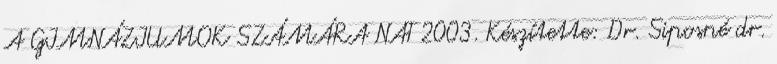
A GIMNÁZIUMOK SZÁMÁRA NAT 2003. Készítette: Dr. Siposné dr.